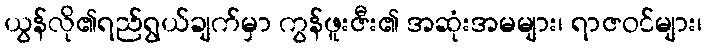
ယွန်လို၏ရည်ရွယ်ချက်မှာ ကွန်ဖူးဇီး၏ အဆုံးအမများ၊ ရာဇဝင်များ၊